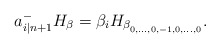
\begin{align*}a^{-}_{i|n+1}H_{\beta}=\beta_iH_{\beta_{_{0,\dots,0,-1,0,\dots,0}}}.\end{align*}